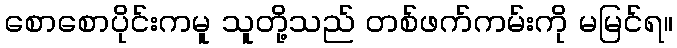
စောစောပိုင်းကမူ သူတို့သည် တစ်ဖက်ကမ်းကို မမြင်ရ။